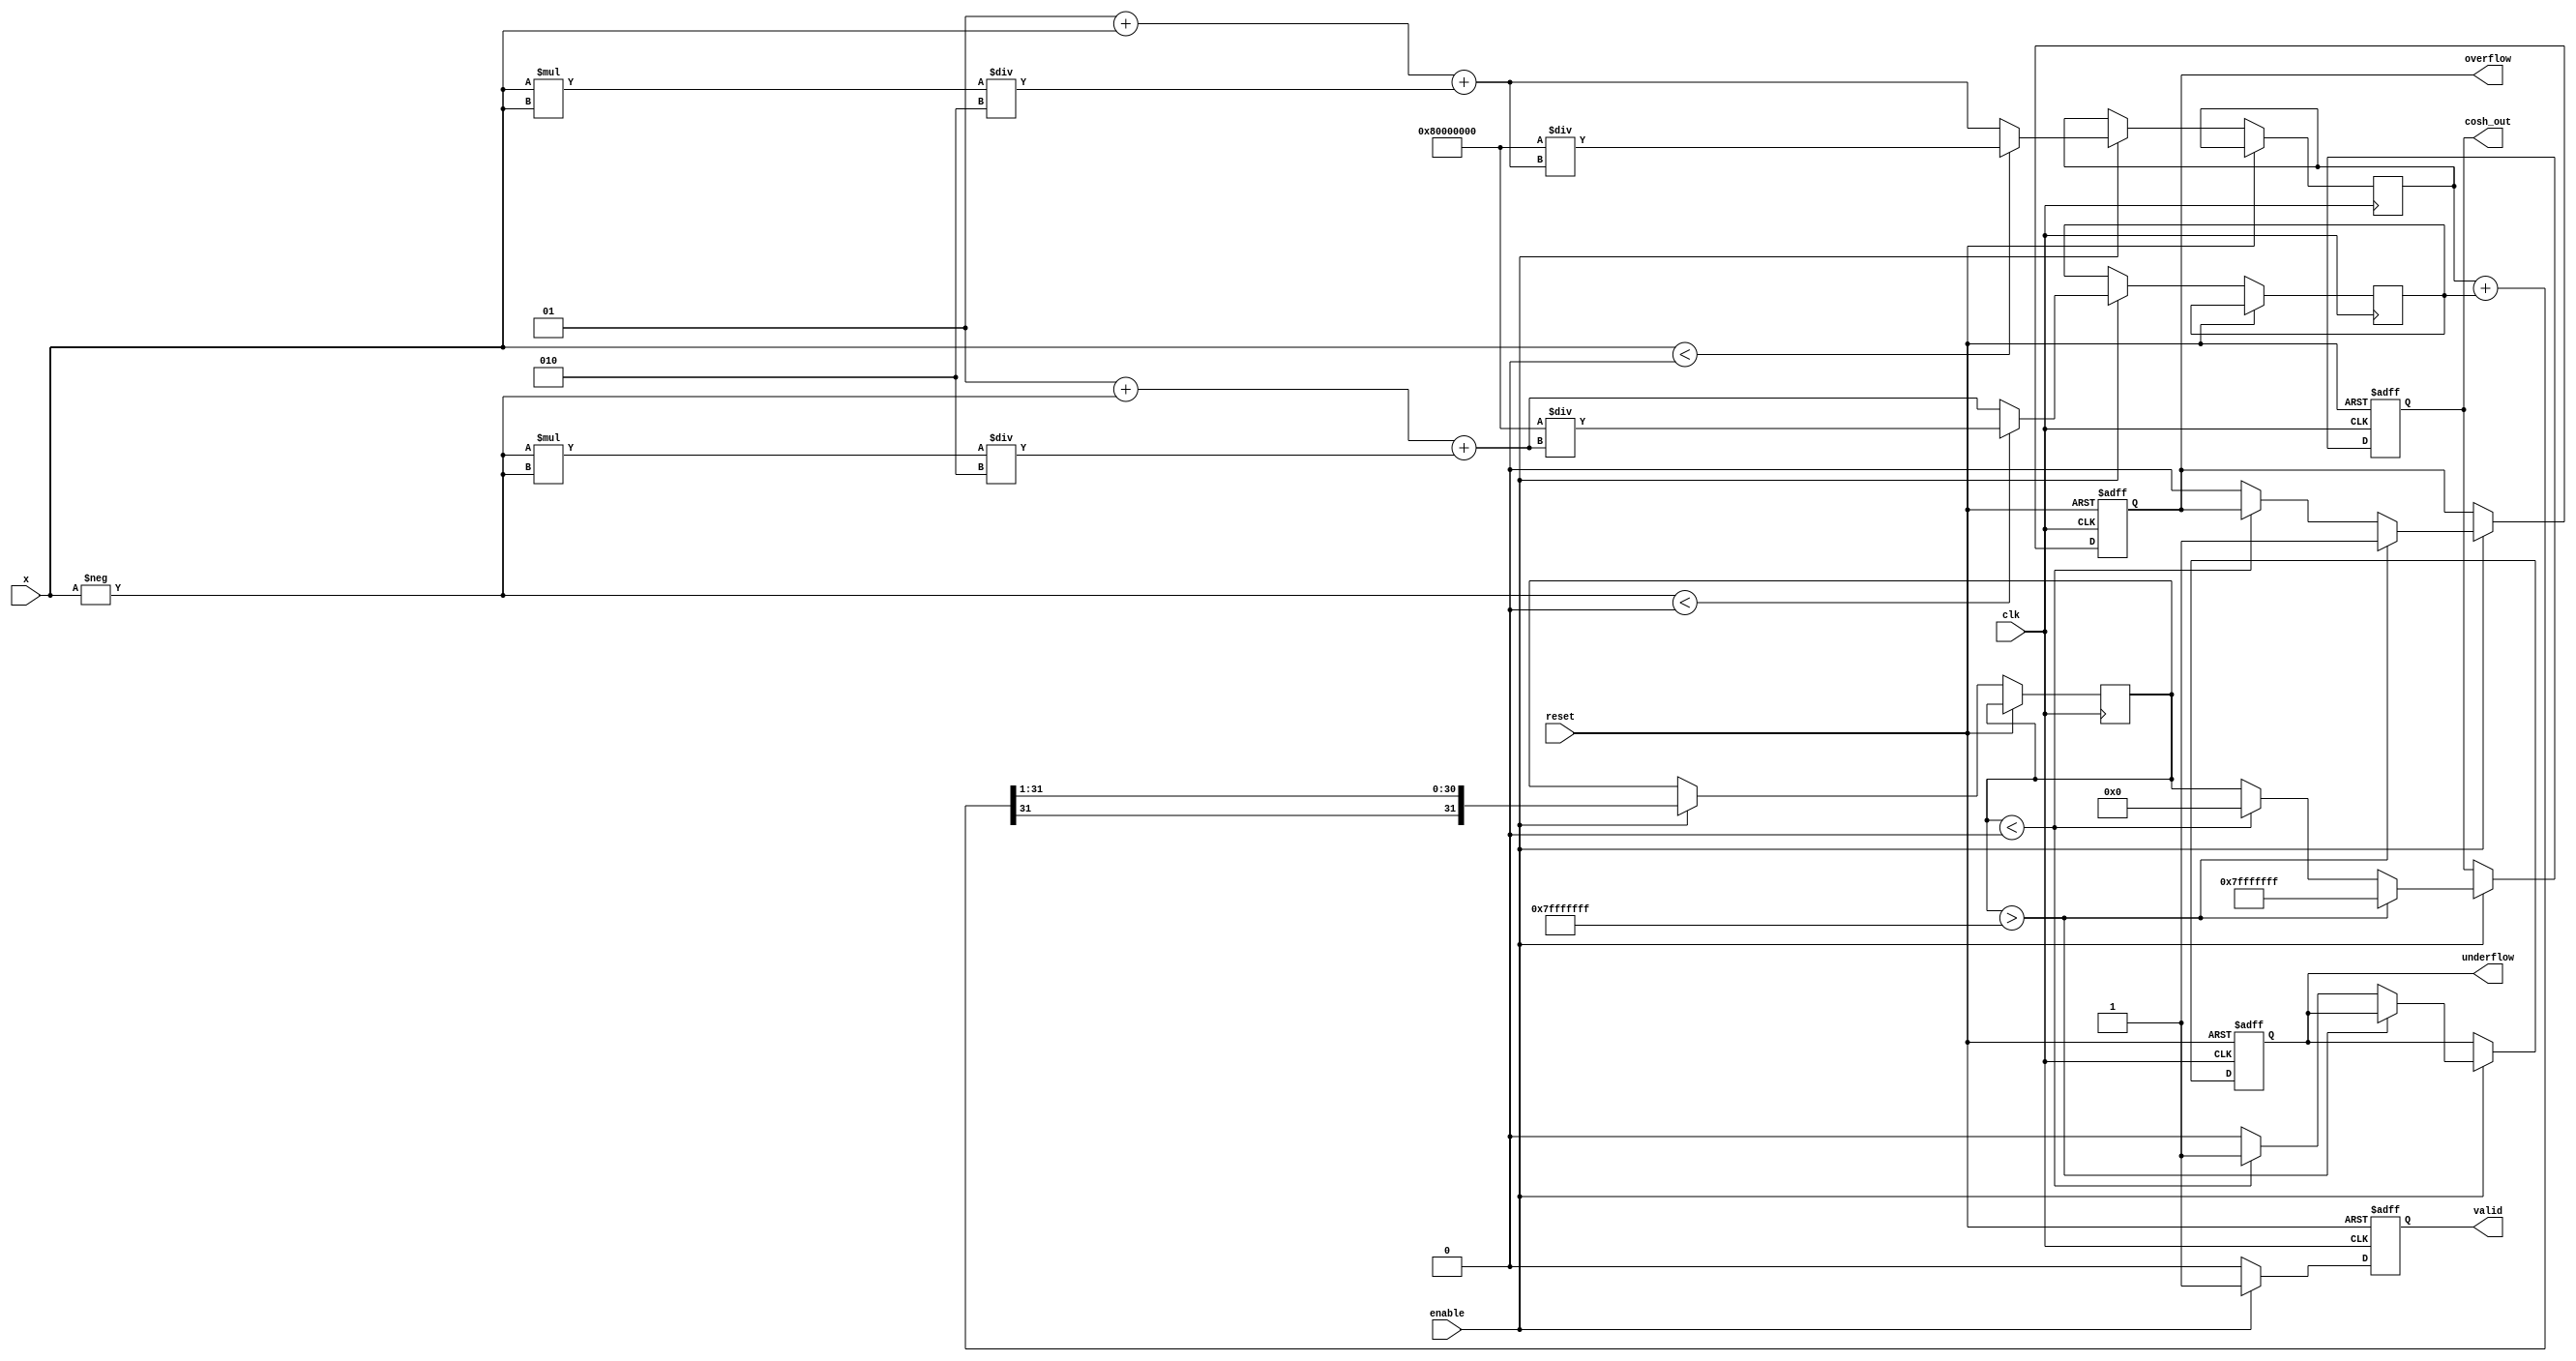
module hyperbolic_cosh #(
    parameter WIDTH = 32, // Configurable width (16, 32, or 64 bits)
    parameter EXP_WIDTH = 16 // Width for the exponent in floating-point representation
)(
    input wire clk,
    input wire reset,
    input wire enable,
    input wire signed [WIDTH-1:0] x, // Input signal
    output reg signed [WIDTH-1:0] cosh_out, // Output signal
    output reg valid, // Output valid signal
    output reg overflow, // Overflow flag
    output reg underflow // Underflow flag
);

    // Internal registers
    reg signed [WIDTH-1:0] exp_x;
    reg signed [WIDTH-1:0] exp_neg_x;
    reg signed [WIDTH-1:0] temp_cosh;

    // Exponential function (simple approximation for demonstration)
    function signed [WIDTH-1:0] exp_func(input signed [WIDTH-1:0] val);
        // Implement a simple exponential approximation
        // This can be replaced with a more accurate implementation or a LUT
        exp_func = (val < 0) ? (1 << (WIDTH-1)) / (1 + val + (val*val)/2) : (1 + val + (val*val)/2);
    endfunction

    // Main computation block
    always @(posedge clk or posedge reset) begin
        if (reset) begin
            cosh_out <= 0;
            valid <= 0;
            overflow <= 0;
            underflow <= 0;
        end else if (enable) begin
            // Calculate e^x and e^(-x)
            exp_x <= exp_func(x);
            exp_neg_x <= exp_func(-x);

            // Calculate cosh(x) = (e^x + e^(-x)) / 2
            temp_cosh <= (exp_x + exp_neg_x) >>> 1; // Right shift for division by 2

            // Check for overflow/underflow
            if (temp_cosh > {1'b0, {WIDTH-1{1'b1}}}) begin
                overflow <= 1;
                cosh_out <= {1'b0, {WIDTH-1{1'b1}}}; // Saturate to max value
            end else if (temp_cosh < 0) begin
                underflow <= 1;
                cosh_out <= 0; // Saturate to 0
            end else begin
                overflow <= 0;
                underflow <= 0;
                cosh_out <= temp_cosh;
            end

            valid <= 1; // Output is valid
        end else begin
            valid <= 0; // Output is not valid when not enabled
        end
    end
endmodule